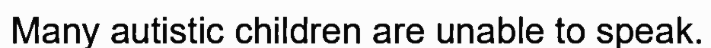
Many autistic children are unable to speak.